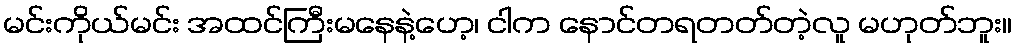
မင်းကိုယ်မင်း အထင်ကြီးမနေနဲ့ဟေ့၊ ငါက နောင်တရတတ်တဲ့လူ မဟုတ်ဘူး။